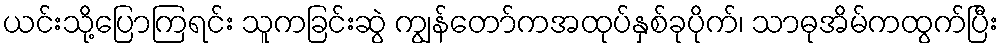
ယင်းသို့ပြောကြရင်း သူကခြင်းဆွဲ ကျွန်တော်ကအထုပ်နှစ်ခုပိုက်၊ သာဓုအိမ်ကထွက်ပြီး